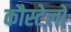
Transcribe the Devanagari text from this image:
कौस्टेलो